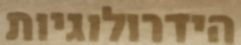
הידרולוגיות